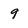
Character: 9